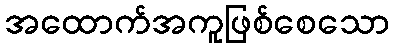
အထောက်အကူဖြစ်စေသော